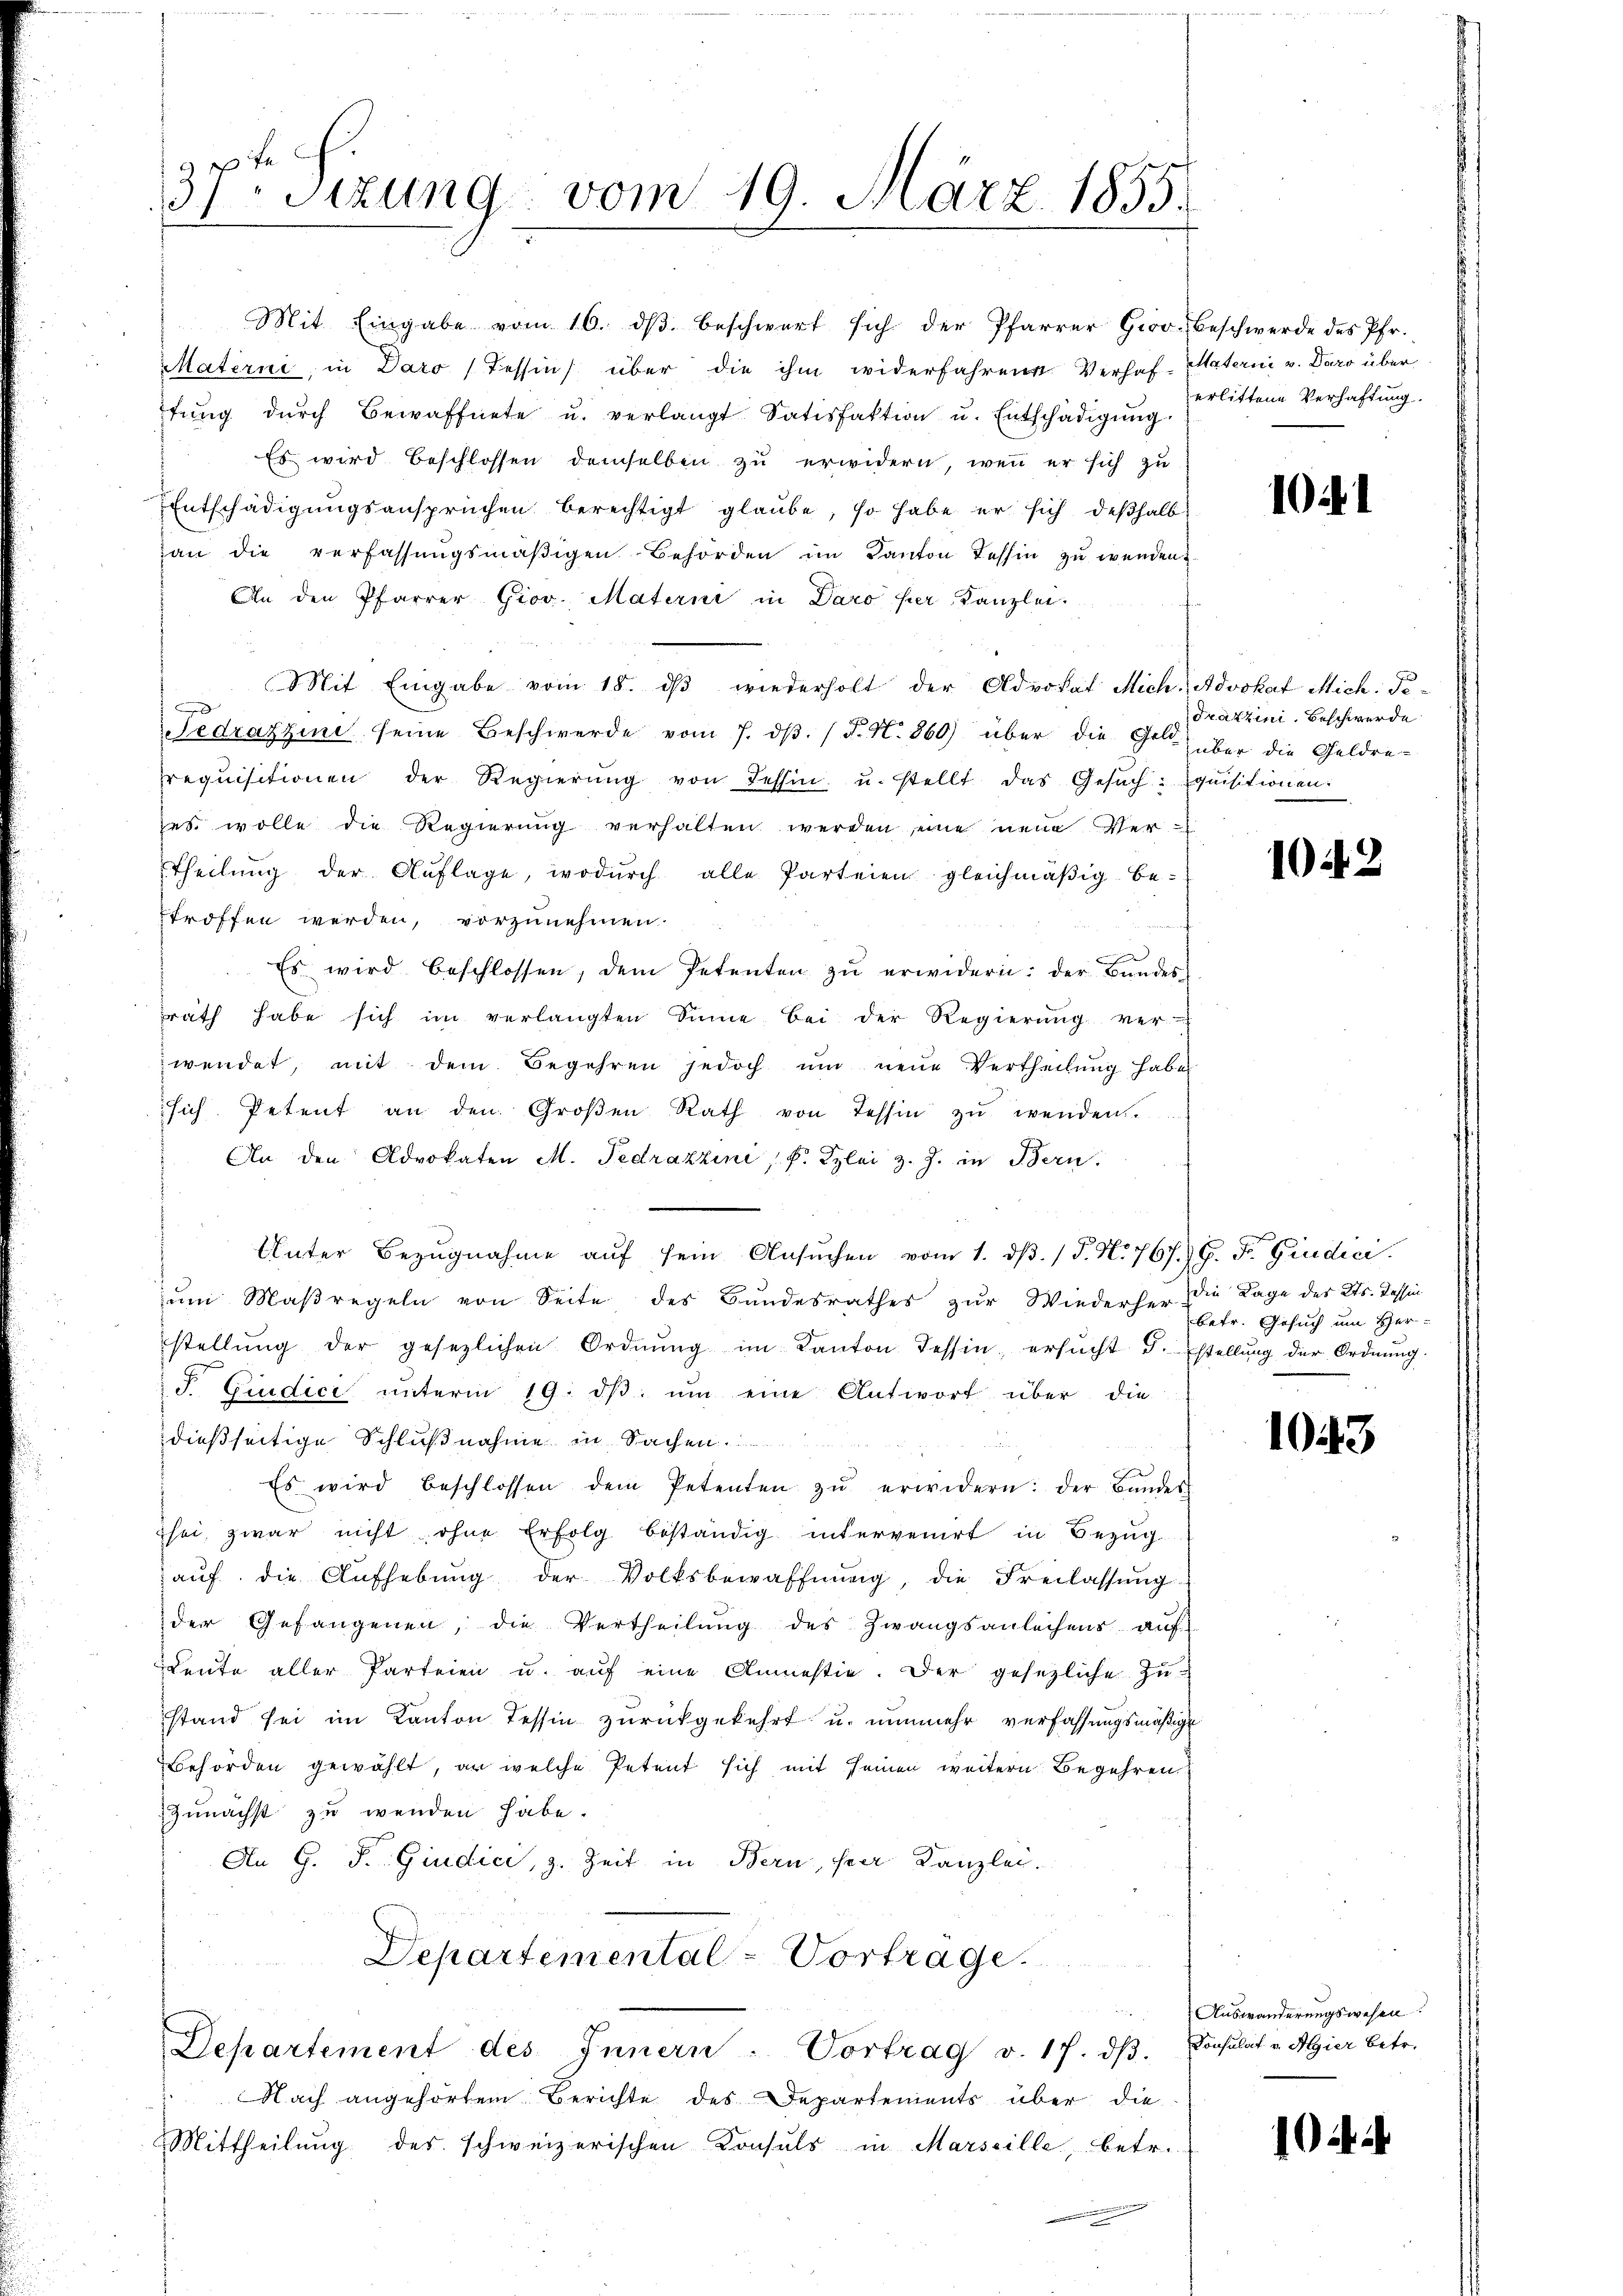
37. Sitzung vom 19. März 1855.

Mit Eingabe vom 16. dβ beschwert sich der Pfarrer Giro beschwerde des Pfr.
Materni, in Daro Tessin über die ihm widerfahrene Verhaf-Materini v. Daro über
tŭng dŭrch Bewaffnete u. verlangt Satisfaktion u. Entschädigŭng.
Es wird beschlossen demselben zu erwidern, wenn er sich zu
Entschädigungsansprüchen berechtigt glaube, so habe er sich deßhalb
an die verfassŭngsmäβigen Behörden im Kanton Tessin zu wendent
An den Pfarrer Giov. Materni in Daro per Kanzlei.
Mit Eingabe vom 18. dβ wiederholt der Advokat Mich. Advokat Mich: Ped
Sedrazzine seine Beschwerde vom 7. dβ. / P. N. 860) über die Geld über die Geldre-
requisitionen der Regierŭng von Tessin u. stellt das Gesŭch: qŭisitionen.
zes wolle die Regierung verhalten werden eine neue Ver-
theilŭng der Auflage, wodŭrch alle Parteien gleichmäßig be-
troffen werden, vorzunehmen.
Es wird beschlossen, dem Petenten zŭ erwidern: der Bŭndes-
rath habe sich im verlangten Sinne bei der Regierŭng ver-
wendet, mit dem Begehren jedoch ŭm neue Vertheilŭng habe
sich Petent an den Groβen Rath von Tessin zŭ wenden.
An den Advokaten M. Pedrazzini, P. Kzlei z. Z. in Bern.
Unter Bezugnahme auf sein Ansuchen vom 1. dβ. / P. N. 767. G. dr. Giudici
ŭm Maßregeln von Seite des Bundesrathes zŭr Wiederher die Lage des Kts. Tessin
stellŭng der gesezlichen Ordnŭng im Kanton Tessin, ersŭcht d. stellŭng der Ordnŭng.
F Ciudici ŭnterm 19. dβ. ŭm eine Antwort über die
dießseitige Schlußnahme in Sachen.
Es wird beschlossen dem Petenten zŭ erwidern: der Bunder
hei zwar nicht ohne Erfolg beständig intervenirt in Bezŭg
auf die Aufhebung der Volksbewaffnŭng, die Freilassŭng
der Gefangenen, die Vertheilŭng des Zwangsanleihens aŭf
Leute aller Parteien u. aŭf eine Amnestie. Der gesezliche Zustand sei im Kanton Tessin zurückgekehrt u. nunmehr verfassungsmäßige
Behörden gewählt, er welche Petent sich mit seinen weitern Begehren
Zunächst zu wenden habe.
An G. P. Giudici, z. Zeit in Bern, ser Kanzlei.
Departemental-Vortrage.
Departement des Innern - Vortrag v. 17. dβ. Consulat v. Algier betr.
Nach angehörtem Berichte des Departements über die
Mittheilung des schweizerischen Konsuls in Marseille, betr.

erlittene Verhaftung.

1041

Fratzini. Beschwerde

1042

betr. Gesuch um Her¬

1043

Auswanderungswesen.

1